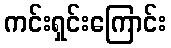
ကင်းရှင်းကြောင်း